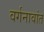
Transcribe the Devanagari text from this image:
वर्गनावांत